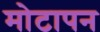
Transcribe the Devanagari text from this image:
मोटापन